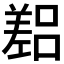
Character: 𫶴